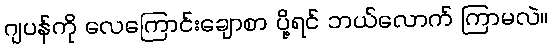
ဂျပန်ကို လေကြောင်းချောစာ ပို့ရင် ဘယ်လောက် ကြာမလဲ။